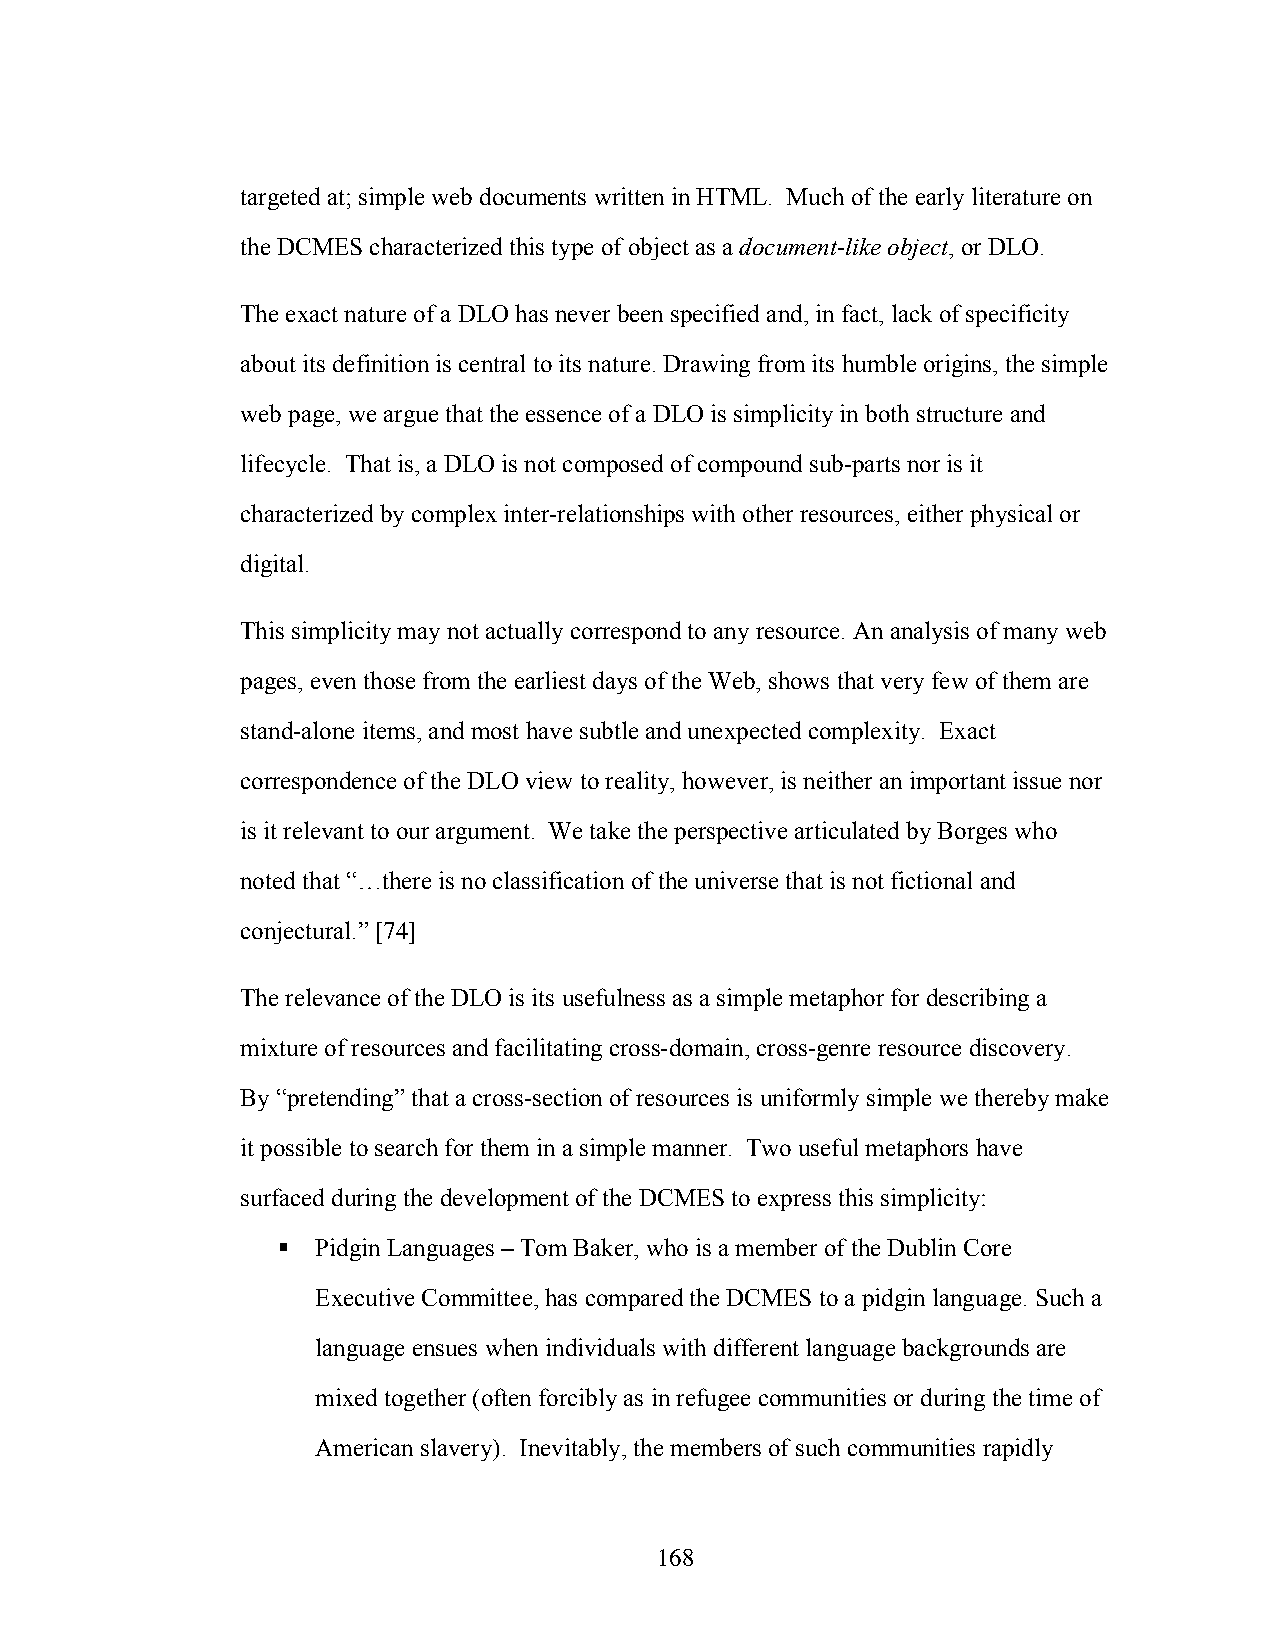
targeted at; simple web documents written in HTML. Much of the early literature on
 the DCMES characterized this type of object as a document-like object, or DLO.
 The exact nature of a DLO has never been specified and, in fact, lack of specificity
 about its definition is central to its nature. Drawing from its humble origins, the simple
 web page, we argue that the essence of a DLO is simplicity in both structure and
 lifecycle. That is, a DLO is not composed of compound sub-parts nor is it
 characterized by complex inter-relationships with other resources, either physical or
 digital.
 This simplicity may not actually correspond to any resource. An analysis of many web
 pages, even those from the earliest days of the Web, shows that very few of them are
 stand-alone items, and most have subtle and unexpected complexity. Exact
 correspondence of the DLO view to reality, however, is neither an important issue nor
 is it relevant to our argument. We take the perspective articulated by Borges who
 noted that “…there is no classification of the universe that is not fictional and
 conjectural.” [74]
 The relevance of the DLO is its usefulness as a simple metaphor for describing a
 mixture of resources and facilitating cross-domain, cross-genre resource discovery.
 By “pretending” that a cross-section of resources is uniformly simple we thereby make
 it possible to search for them in a simple manner. Two useful metaphors have
 surfaced during the development of the DCMES to express this simplicity:
   Pidgin Languages – Tom Baker, who is a member of the Dublin Core
 Executive Committee, has compared the DCMES to a pidgin language. Such a
 language ensues when individuals with different language backgrounds are
 mixed together (often forcibly as in refugee communities or during the time of
 American slavery). Inevitably, the members of such communities rapidly
 168